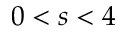
0 < s < 4